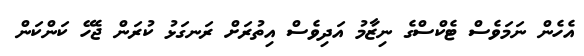
އެހެން ނަމަވެސް ޓެކްސްގެ ނިޒާމު އަދިވެސް އިތުރަށް ރަނގަޅު ކުރަން ޖެހޭ ކަންކަން